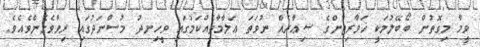
ވީމާ މިގޮތުން ބޯބޭލުމަކީ ޚަވާރިޖުންގެ ޝިޢާރެއް ނުވަތަ ޢަލާމާތެއްކަމުގައި ވީހިނދު މުސްނަދުގައި ރިވާވެގެންވެއެވެ.